Vaccination in the Punjab 1897-1904 - 1897-1904
Year: 1897
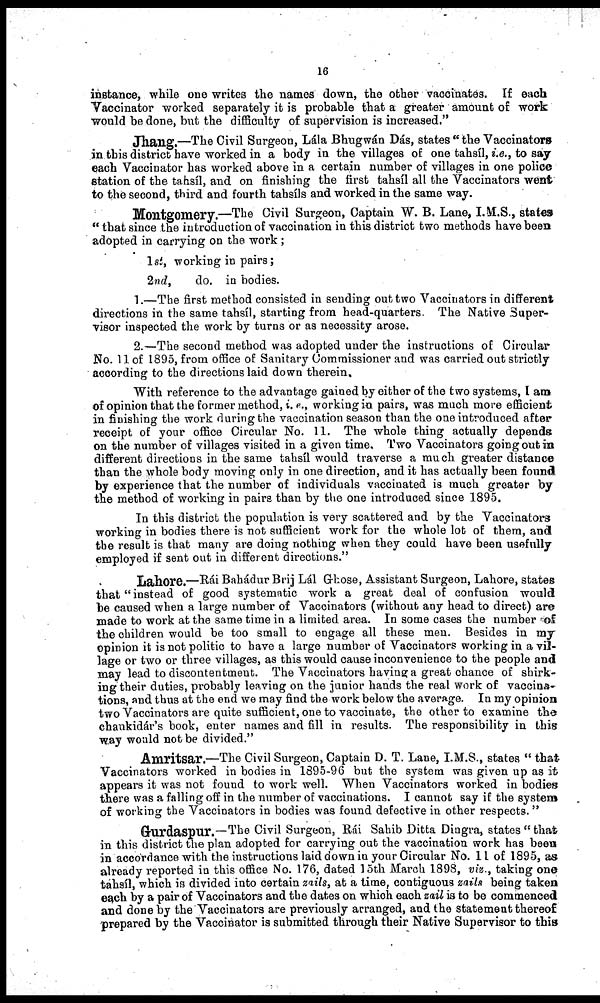
16
instance, while one writes the names down, the other vaccinates. If each
Vaccinator worked separately it is probable that a greater amount of work
would be done, but the difficulty of supervision is increased."
Jhang.—The Civil Surgeon, Lála Bhugwán Dás, states " the Vaccinators
in this district have worked in a body in the villages of one tahsíl, i.e., to say
each Vaccinator has worked above in a certain number of villages in one police
station of the tahsíl, and on finishing the first tahsíl all the Vaccinators went
to the second, third and fourth tahsíls and worked in the same way.
Montgomery.—The Civil Surgeon, Captain W. B. Lane, I. M.S., states
" that since the introduction of vaccination in this district two methods have been
adopted in carrying on the work ;
1st, working in pairs;
2nd,
do. in bodies.
1.—The first method consisted in sending out two Vaccinators in different
directions in the same tahsíl, starting from head-quarters. The Native Super-
visor inspected the work by turns or as necessity arose.
2.—The second method was adopted under the instructions of Circular
No. 11 of 1895, from office of Sanitary Commissioner and was carried out strictly
according to the directions laid down therein.
With reference to the advantage gained by either of the two systems, I am
of opinion that the former method, i. e., working in pairs, was much more efficient
in finishing the work during the vaccination season than the one introduced after
receipt of your office Circular No. 11. The whole thing actually depends
on the number of villages visited in a given time. Two Vaccinators going out in
different directions in the same tahsíl would traverse a much greater distance
than the whole body moving only in one direction, and it has actually been found
by experience that the number of individuals vaccinated is much greater by
the method of working in pairs than by the one introduced since 1895.
In this district the population is very scattered and by the Vaccinators
working in bodies there is not sufficient work for the whole lot of them, and
the result is that many are doing nothing when they could have been usefully
employed if sent out in different directions."
Lahore.—Rái Bahádur Brij Lál Ghose, Assistant Surgeon, Lahore, states
that "instead of good systematic work a great deal of confusion would
be caused when a large number of Vaccinators (without any head to direct) are
made to work at the same time in a limited area. In some cases the number of
the children would be too small to engage all these men. Besides in my
opinion it is not politic to have a large number of Vaccinators working in a vil-
lage or two or three villages, as this would cause inconvenience to the people and
may lead to discontentment. The Vaccinators having a great chance of shirk-
ing their duties, probably leaving on the junior hands the real work of vaccina¬
tions, and thus at the end we may find the work below the average. In my opinion
two Vaccinators are quite sufficient, one to vaccinate, the other to examine the
chaukidár's book, enter names and fill in results. The responsibility in this
way would not be divided."
Amritsar.—The Civil Surgeon, Captain D. T. Lane, I.M.S., states " that
Vaccinators worked in bodies in 1895-96 but the system was given up as it
appears it was not found to work well. When Vaccinators worked in bodies
there was a falling off in the number of vaccinations. I cannot say if the system
of working the Vaccinators in bodies was found defective in other respects."
Gurdaspur.—The Civil Surgeon, Rái Sahib Ditta Dingra, states "that
in this district the plan adopted for carrying out the vaccination work has been
in accordance with the instructions laid down in your Circular No. 11 of 1895, as
already reported in this office No. 176, dated 15th March 1898, viz., taking one
tahsíl, which is divided into certain zails, at a time, contiguous zails being taken
each by a pair of Vaccinators and the dates on which each zail is to be commenced
and done by the Vaccinators are previously arranged, and the statement thereof
prepared by the Vaccinator is submitted through their Native Supervisor to this